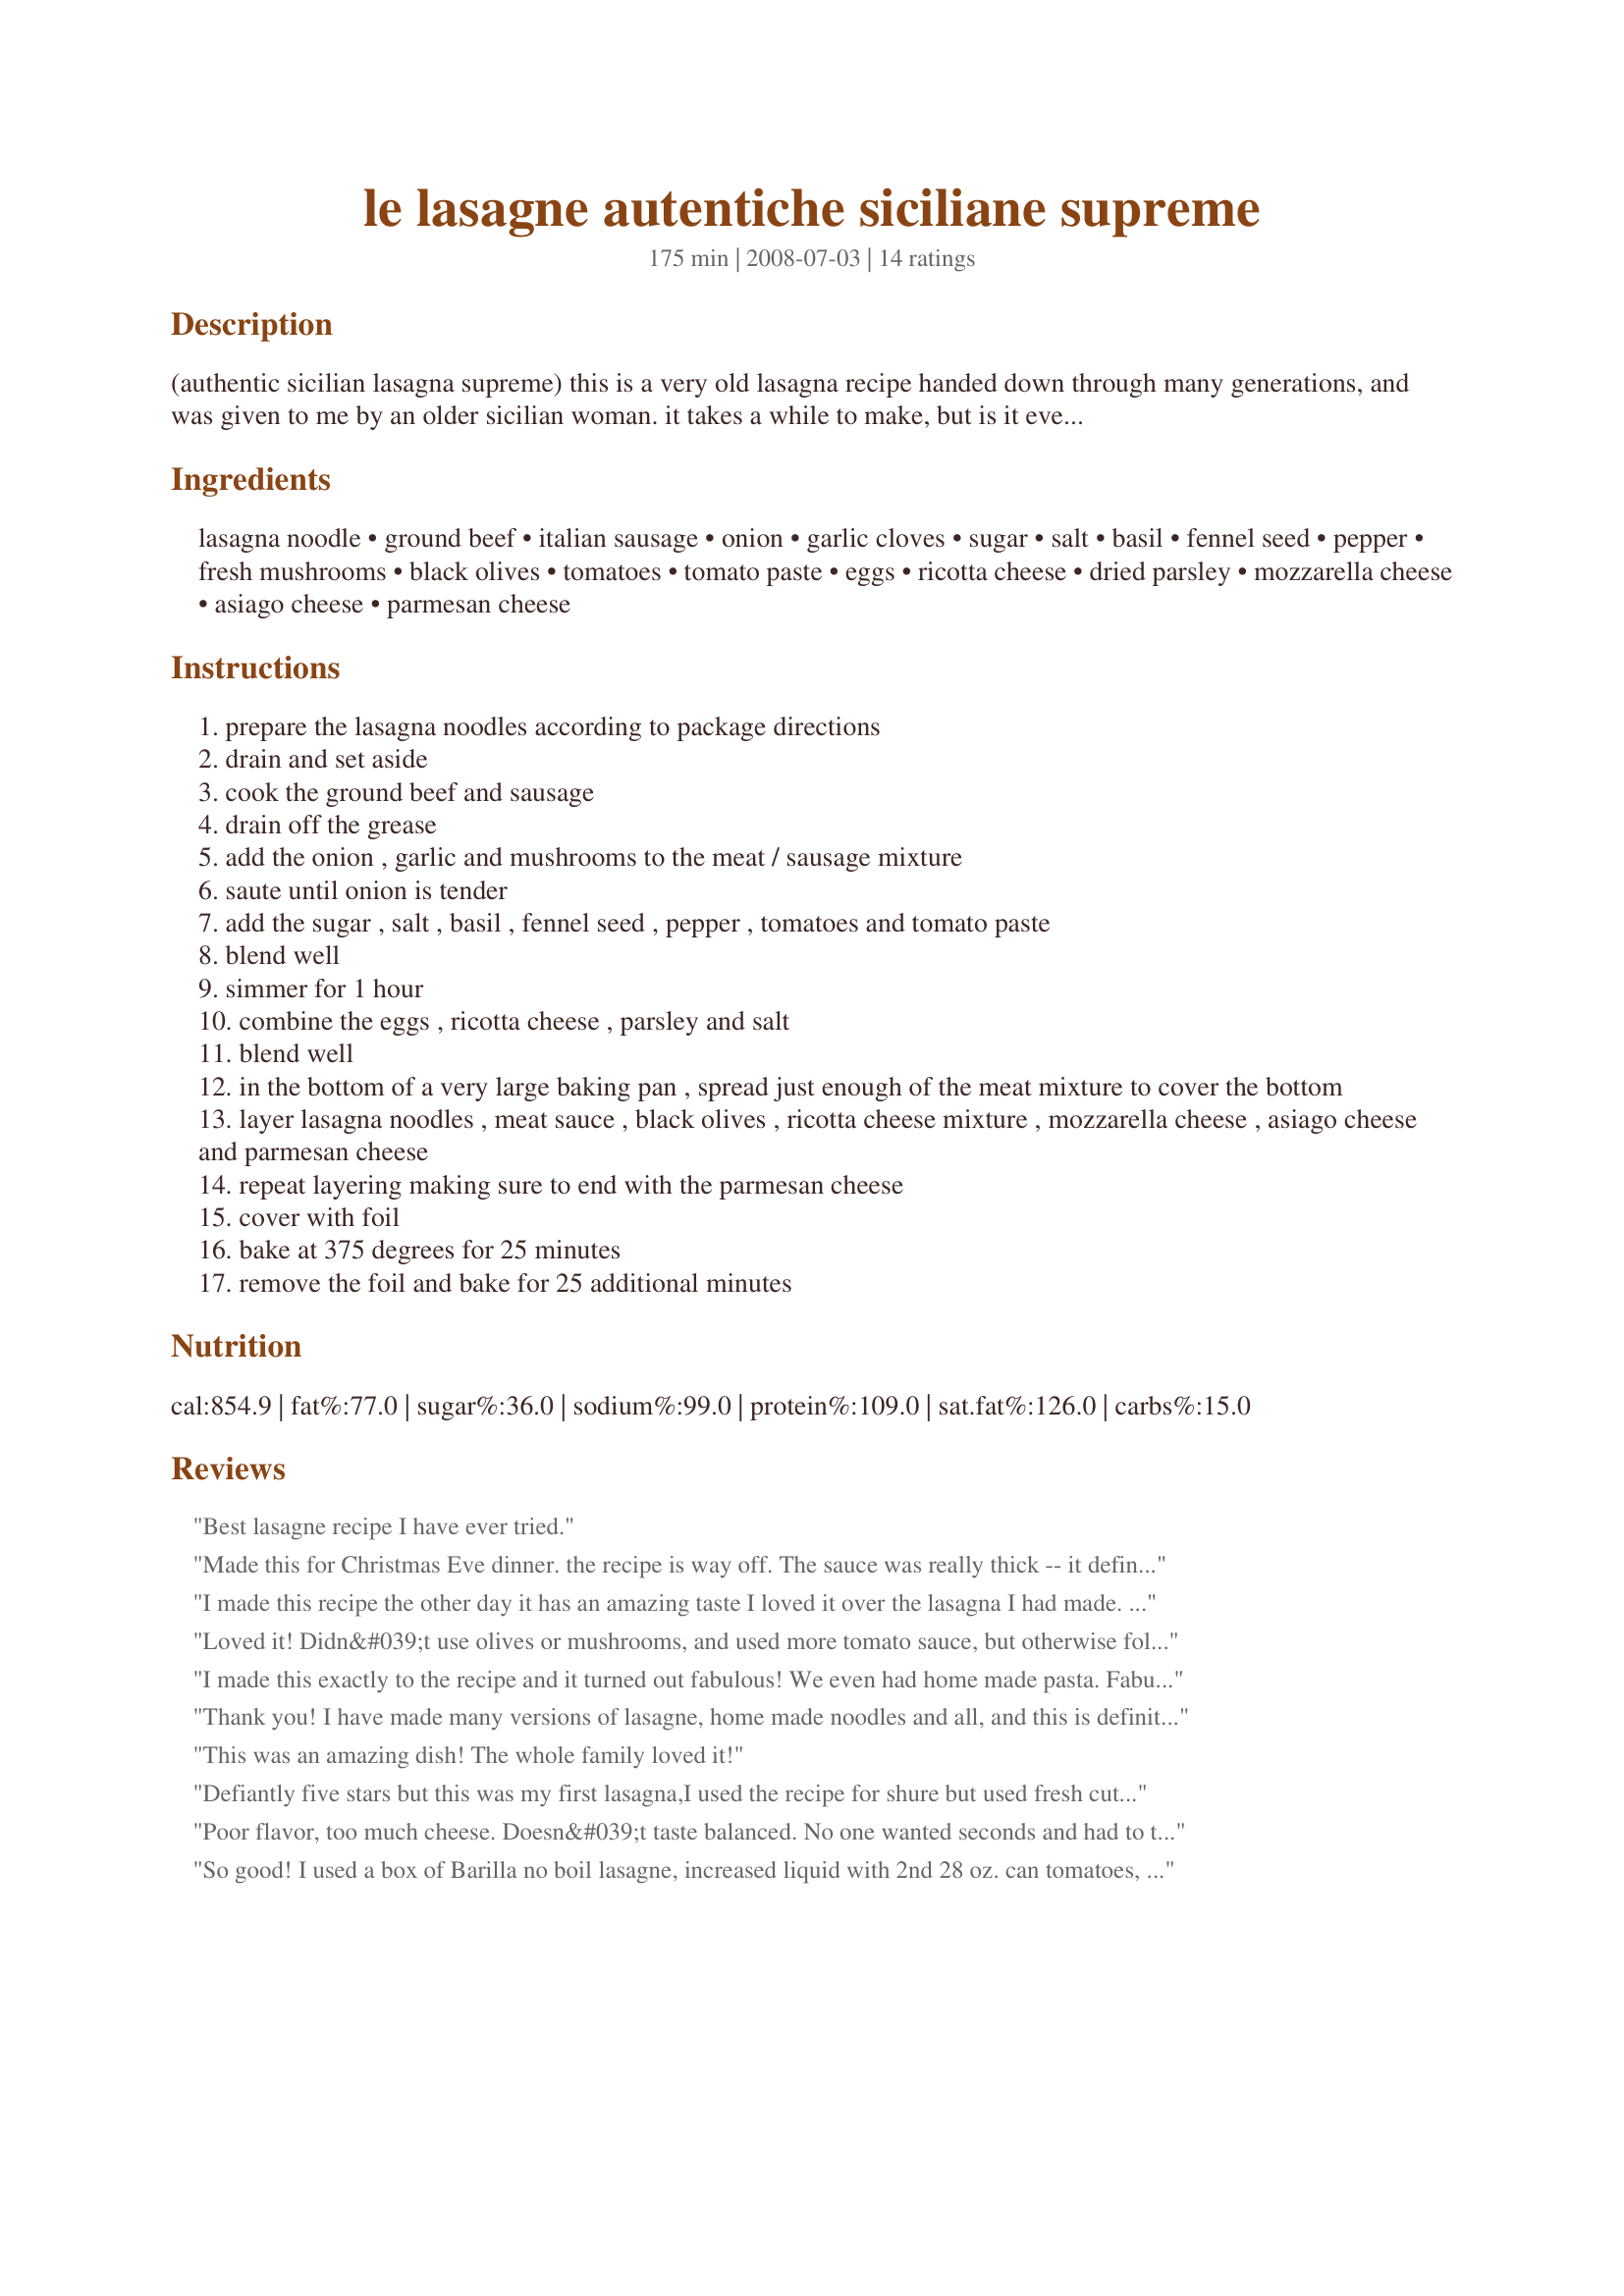
le lasagne autentiche siciliane supreme
Preparation time: 175 minutes

(authentic sicilian lasagna supreme)
this is a very old lasagna recipe handed down through many generations, and was given to me by an older sicilian woman. it takes a while to make, but is it ever worth the wait.

Ingredients:
lasagna noodle, ground beef, italian sausage, onion, garlic cloves, sugar, salt, basil, fennel seed, pepper, fresh mushrooms, black olives, tomatoes, tomato paste, eggs, ricotta cheese, dried parsley, mozzarella cheese, asiago cheese, parmesan cheese

Steps:
prepare the lasagna noodles according to package directions
drain and set aside
cook the ground beef and sausage
drain off the grease
add the onion , garlic and mushrooms to the meat / sausage mixture
saute until onion is tender
add the sugar , salt , basil , fennel seed , pepper , tomatoes and tomato paste
blend well
simmer for 1 hour
combine the eggs , ricotta cheese , parsley and salt
blend well
in the bottom of a very large baking pan , spread just enough of the meat mixture to cover the bottom
layer lasagna noodles , meat sauce , black olives , ricotta cheese mixture , mozzarella cheese , asiago cheese and parmesan cheese
repeat layering making sure to end with the parmesan cheese
cover with foil
bake at 375 degrees for 25 minutes
remove the foil and bake for 25 additional minutes

Reviews:
Best lasagne recipe I have ever tried.
Made this for Christmas Eve dinner. the recipe is way off. The sauce was really thick -- it definitely needs more liquid. At least 2 cans of crushed tomatoes instead of one. I think the cheese amounts are also way off. I ran out and bought 2 POUNDS of mozzarella, and I think i used 1/3 of that amount. Overall, too much cheese in this. It made one full 9x13 inch pan and one 8x11. I had noodles left over. It&#039;s an odd recipe.
I made this recipe the other day it has an amazing taste I loved it over the lasagna I had made. I did not use the mushrooms or the black olives the next time I will put them in the food processor and add them to the ricotta cheese mixture. I know my DH will never know they are there LOL! This is my perfect lasagna recipe, I had thought when grating the cheese that this was not going to be a good idea, perfection!
Loved it! Didn&#039;t use olives or mushrooms, and used more tomato sauce, but otherwise followed the directions exactly. A bit time-consuming, but well worth it.
I made this exactly to the recipe and it turned out fabulous! We even had home made pasta. Fabulous to make for a dinner party or a large gathering!
Thank you! I have made many versions of lasagne, home made noodles and all, and this is definitely one of the best. I made the full recipe of sauce and what was left over, after making a regular sized lasagne, went into the freezer for pasta sauce. A great two for one deal!
This was an amazing dish! The whole family loved it!
Defiantly five stars but this was my first lasagna,I used the recipe for shure but used fresh cut herbs,fresh ground seasons freash cut cheeses with freash lean meats it came out great for a first time just a big recipe though
Poor flavor, too much cheese. Doesn&#039;t taste balanced. No one wanted seconds and had to throw most of it away.
So good! I used a box of Barilla no boil lasagne, increased liquid with 2nd 28 oz. can tomatoes, only 1 can tomato paste. I used turkey hot Italian sausage, and put meat mixture through food processor after browning/draining for even grind. I used only 1 lb. of mozarella. Completely filled a 9x13x3 casserole. Baked it covered one hour on a cookie sheet to catch any spill, then uncovered with added parmesan for 5 to 10 minutes, and allowed to rest at least 15 minutes before serving. It held together beautifully, was both rich and light. Half of it fed six at my dinner party. Big hit!
I prepared this recipe just as the recipe reads and it was delicious! Everyone that had some said that it was the best lasagne they'd ever had
Ever since my honeymoon in Italy, I am always looking for authentic Italian dishes. This was very good. The sauce was scrumptious. I made it in a 15 x 10 glass baking dish. I had enough sauce and ricotta for 4 layers. Before I tasted this, I was suspicious of the black olives. They were great, though! Also, when I made this, I bought 9 oz. olives, 16 oz parmesean and asiago cheese. Next time, I won't do that. I will measure the olives and cheese in a measuring cup rather than using the equivalent in ounces.
Used fresh pasta and my own marinara sauce with all the meats and veggies. Turn out great. Very filling and flavors blended beautifully.
This was awesome; my only complaint is that the author did not specify the size of pan. I used a 9x13x2 pan, which I thought was a "standard" "large" for lasagne, yet my HALF recipe filled the whole thing!! (I didn't even use the whole box of pasta!). Good thing I didn't make the whole recipe!!!

Oh--and I did make some substitutions. Cottage cheese instead of ricotta; ground beef instead of sausage; colby cheese instead of the mozzarella and asiago. I can only IMAGINE how much better the flavor is with these ingredients; I just didn't have them on hand.

I will continue to make this as a regular staple in our house...
